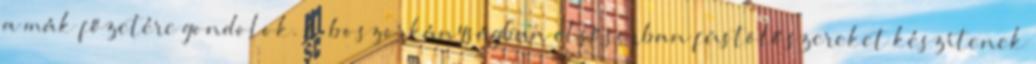
a mák főzetére gondolok. A boszorkányságban elsősorban füstölőszereket készítenek